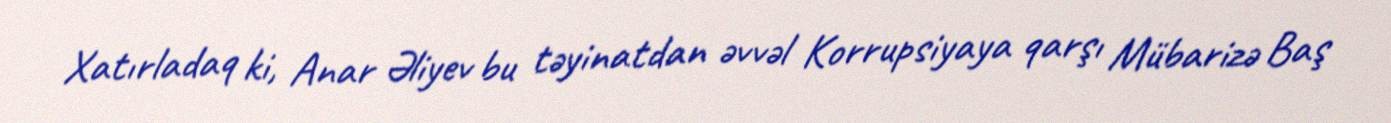
Xatırladaq ki, Anar Əliyev bu təyinatdan əvvəl Korrupsiyaya qarşı Mübarizə Baş